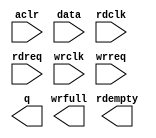
// This program was cloned from: https://github.com/spacemen3/PDP-1
// License: MIT License

// megafunction wizard: %FIFO%VBB%
// GENERATION: STANDARD
// VERSION: WM1.0
// MODULE: dcfifo 

// ============================================================
// Megafunction Name(s):
// 			dcfifo
//
// Simulation Library Files(s):
// 			altera_mf
// ============================================================
// ************************************************************
// THIS IS A WIZARD-GENERATED FILE. DO NOT EDIT THIS FILE!
//
// 20.1.1 Build 720 11/11/2020 SJ Standard Edition
// ************************************************************

//Copyright (C) 2020  Intel Corporation. All rights reserved.
//Your use of Intel Corporation's design tools, logic functions 
//and other software and tools, and any partner logic 
//functions, and any output files from any of the foregoing 
//(including device programming or simulation files), and any 
//associated documentation or information are expressly subject 
//to the terms and conditions of the Intel Program License 
//Subscription Agreement, the Intel Quartus Prime License Agreement,
//the Intel FPGA IP License Agreement, or other applicable license
//agreement, including, without limitation, that your use is for
//the sole purpose of programming logic devices manufactured by
//Intel and sold by Intel or its authorized distributors.  Please
//refer to the applicable agreement for further details, at
//https://fpgasoftware.intel.com/eula.

module serial_fifo (
	aclr,
	data,
	rdclk,
	rdreq,
	wrclk,
	wrreq,
	q,
	rdempty,
	wrfull);

	input	  aclr;
	input	[7:0]  data;
	input	  rdclk;
	input	  rdreq;
	input	  wrclk;
	input	  wrreq;
	output	[7:0]  q;
	output	  rdempty;
	output	  wrfull;
`ifndef ALTERA_RESERVED_QIS
// synopsys translate_off
`endif
	tri0	  aclr;
`ifndef ALTERA_RESERVED_QIS
// synopsys translate_on
`endif

endmodule

// ============================================================
// CNX file retrieval info
// ============================================================
// Retrieval info: PRIVATE: AlmostEmpty NUMERIC "0"
// Retrieval info: PRIVATE: AlmostEmptyThr NUMERIC "-1"
// Retrieval info: PRIVATE: AlmostFull NUMERIC "0"
// Retrieval info: PRIVATE: AlmostFullThr NUMERIC "-1"
// Retrieval info: PRIVATE: CLOCKS_ARE_SYNCHRONIZED NUMERIC "0"
// Retrieval info: PRIVATE: Clock NUMERIC "4"
// Retrieval info: PRIVATE: Depth NUMERIC "256"
// Retrieval info: PRIVATE: Empty NUMERIC "1"
// Retrieval info: PRIVATE: Full NUMERIC "1"
// Retrieval info: PRIVATE: INTENDED_DEVICE_FAMILY STRING "Cyclone V"
// Retrieval info: PRIVATE: LE_BasedFIFO NUMERIC "0"
// Retrieval info: PRIVATE: LegacyRREQ NUMERIC "0"
// Retrieval info: PRIVATE: MAX_DEPTH_BY_9 NUMERIC "0"
// Retrieval info: PRIVATE: OVERFLOW_CHECKING NUMERIC "0"
// Retrieval info: PRIVATE: Optimize NUMERIC "2"
// Retrieval info: PRIVATE: RAM_BLOCK_TYPE NUMERIC "0"
// Retrieval info: PRIVATE: SYNTH_WRAPPER_GEN_POSTFIX STRING "0"
// Retrieval info: PRIVATE: UNDERFLOW_CHECKING NUMERIC "0"
// Retrieval info: PRIVATE: UsedW NUMERIC "1"
// Retrieval info: PRIVATE: Width NUMERIC "8"
// Retrieval info: PRIVATE: dc_aclr NUMERIC "1"
// Retrieval info: PRIVATE: diff_widths NUMERIC "0"
// Retrieval info: PRIVATE: msb_usedw NUMERIC "0"
// Retrieval info: PRIVATE: output_width NUMERIC "8"
// Retrieval info: PRIVATE: rsEmpty NUMERIC "1"
// Retrieval info: PRIVATE: rsFull NUMERIC "0"
// Retrieval info: PRIVATE: rsUsedW NUMERIC "0"
// Retrieval info: PRIVATE: sc_aclr NUMERIC "0"
// Retrieval info: PRIVATE: sc_sclr NUMERIC "0"
// Retrieval info: PRIVATE: wsEmpty NUMERIC "0"
// Retrieval info: PRIVATE: wsFull NUMERIC "1"
// Retrieval info: PRIVATE: wsUsedW NUMERIC "0"
// Retrieval info: LIBRARY: altera_mf altera_mf.altera_mf_components.all
// Retrieval info: CONSTANT: INTENDED_DEVICE_FAMILY STRING "Cyclone V"
// Retrieval info: CONSTANT: LPM_NUMWORDS NUMERIC "256"
// Retrieval info: CONSTANT: LPM_SHOWAHEAD STRING "ON"
// Retrieval info: CONSTANT: LPM_TYPE STRING "dcfifo"
// Retrieval info: CONSTANT: LPM_WIDTH NUMERIC "8"
// Retrieval info: CONSTANT: LPM_WIDTHU NUMERIC "8"
// Retrieval info: CONSTANT: OVERFLOW_CHECKING STRING "ON"
// Retrieval info: CONSTANT: RDSYNC_DELAYPIPE NUMERIC "5"
// Retrieval info: CONSTANT: READ_ACLR_SYNCH STRING "OFF"
// Retrieval info: CONSTANT: UNDERFLOW_CHECKING STRING "ON"
// Retrieval info: CONSTANT: USE_EAB STRING "ON"
// Retrieval info: CONSTANT: WRITE_ACLR_SYNCH STRING "OFF"
// Retrieval info: CONSTANT: WRSYNC_DELAYPIPE NUMERIC "5"
// Retrieval info: USED_PORT: aclr 0 0 0 0 INPUT GND "aclr"
// Retrieval info: USED_PORT: data 0 0 8 0 INPUT NODEFVAL "data[7..0]"
// Retrieval info: USED_PORT: q 0 0 8 0 OUTPUT NODEFVAL "q[7..0]"
// Retrieval info: USED_PORT: rdclk 0 0 0 0 INPUT NODEFVAL "rdclk"
// Retrieval info: USED_PORT: rdempty 0 0 0 0 OUTPUT NODEFVAL "rdempty"
// Retrieval info: USED_PORT: rdreq 0 0 0 0 INPUT NODEFVAL "rdreq"
// Retrieval info: USED_PORT: wrclk 0 0 0 0 INPUT NODEFVAL "wrclk"
// Retrieval info: USED_PORT: wrfull 0 0 0 0 OUTPUT NODEFVAL "wrfull"
// Retrieval info: USED_PORT: wrreq 0 0 0 0 INPUT NODEFVAL "wrreq"
// Retrieval info: CONNECT: @aclr 0 0 0 0 aclr 0 0 0 0
// Retrieval info: CONNECT: @data 0 0 8 0 data 0 0 8 0
// Retrieval info: CONNECT: @rdclk 0 0 0 0 rdclk 0 0 0 0
// Retrieval info: CONNECT: @rdreq 0 0 0 0 rdreq 0 0 0 0
// Retrieval info: CONNECT: @wrclk 0 0 0 0 wrclk 0 0 0 0
// Retrieval info: CONNECT: @wrreq 0 0 0 0 wrreq 0 0 0 0
// Retrieval info: CONNECT: q 0 0 8 0 @q 0 0 8 0
// Retrieval info: CONNECT: rdempty 0 0 0 0 @rdempty 0 0 0 0
// Retrieval info: CONNECT: wrfull 0 0 0 0 @wrfull 0 0 0 0
// Retrieval info: GEN_FILE: TYPE_NORMAL serial_fifo.v TRUE
// Retrieval info: GEN_FILE: TYPE_NORMAL serial_fifo.inc FALSE
// Retrieval info: GEN_FILE: TYPE_NORMAL serial_fifo.cmp FALSE
// Retrieval info: GEN_FILE: TYPE_NORMAL serial_fifo.bsf FALSE
// Retrieval info: GEN_FILE: TYPE_NORMAL serial_fifo_inst.v FALSE
// Retrieval info: GEN_FILE: TYPE_NORMAL serial_fifo_bb.v TRUE
// Retrieval info: LIB_FILE: altera_mf